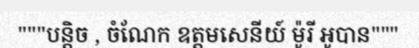
"""បន្តិច , ចំណែក ឧត្តមសេនីយ៍ ម៉ូរី អូបាន"""